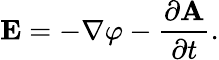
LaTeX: \mathbf{E}=-\nabla\varphi-{\frac{\partial\mathbf{A}}{\partial t}}.